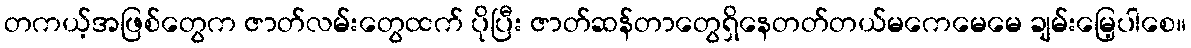
တကယ့်အဖြစ်တွေက ဇာတ်လမ်းတွေထက် ပိုပြီး ဇာတ်ဆန်တာတွေရှိနေတတ်တယ်မကေမေမေ ချမ်းမြေ့ပါစေ။